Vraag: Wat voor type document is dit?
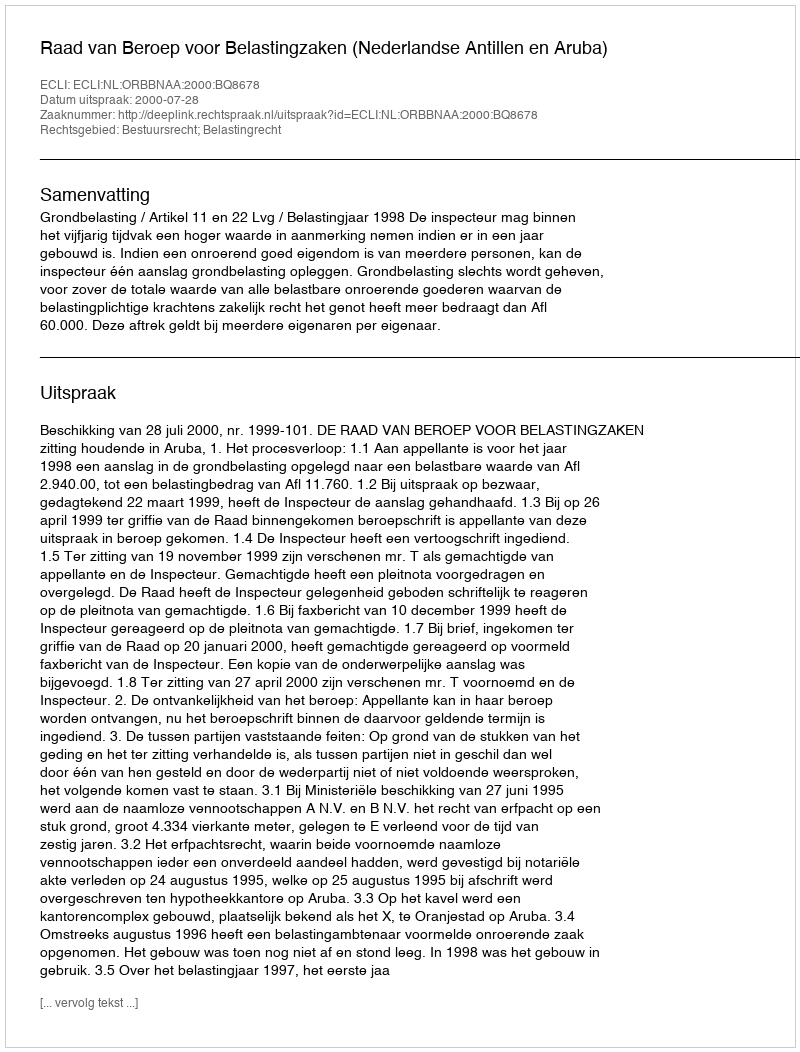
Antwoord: Uitspraak